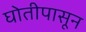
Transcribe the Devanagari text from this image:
घोतीपासून